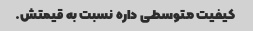
کیفیت متوسطی داره نسبت به قیمتش.